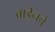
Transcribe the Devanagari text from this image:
वाईनचे